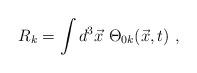
LaTeX: \begin{align*}R_k=\int d^3\vec{x}~ \Theta_{0k}(\vec{x},t)~,\end{align*}